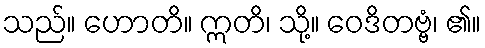
သည်။ ဟောတိ။ ဣတိ၊ သို့။ ဝေဒိတဗ္ဗံ၊ ၏။